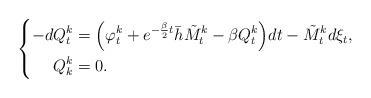
LaTeX: \begin{align*}\left\{\begin{aligned}-dQ^k_t&=\Big(\varphi_t^k+e^{-\frac{\beta}{2}t}\bar{h}\tilde{M}^k_t-\beta Q^k_t\Big)dt-\tilde{M}^k_td\xi_t,\\ Q_k^k&=0.\end{aligned}\right.\end{align*}